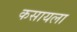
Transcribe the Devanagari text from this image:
कसायला